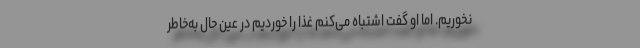
نخوریم. اما او گفت اشتباه می‌کنم غذا را خوردیم در عین حال به‌خاطر